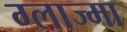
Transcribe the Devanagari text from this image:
ग्लाज्मा